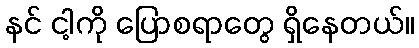
နင် ငါ့ကို ပြောစရာတွေ ရှိနေတယ်။